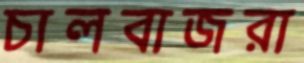
চালবাজরা